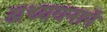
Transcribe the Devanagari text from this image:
अध्ययनानें